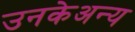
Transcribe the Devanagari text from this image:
उनकेअन्य